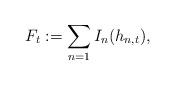
LaTeX: \begin{align*}F_{t}:=\sum_{n=1}I_{n}(h_{n,t}),\end{align*}